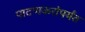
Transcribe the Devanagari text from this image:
पाटणकरांपर्यंत